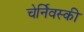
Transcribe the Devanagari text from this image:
चेर्निवस्की